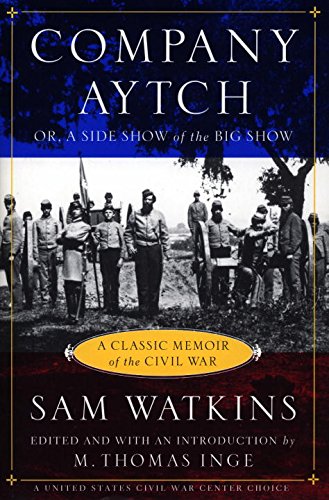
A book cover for Company Aytch; Samuel R. Watkins; History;